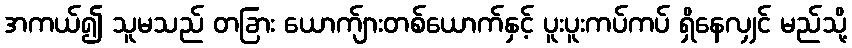
အကယ်၍ သူမသည် တခြား ယောက်ျားတစ်ယောက်နှင့် ပူးပူးကပ်ကပ် ရှိနေလျှင် မည်သို့